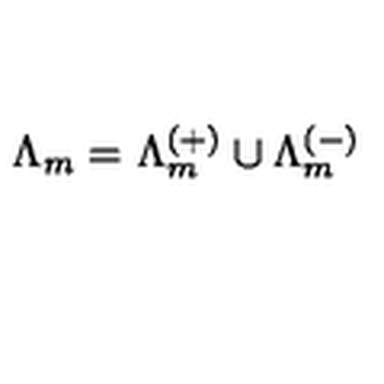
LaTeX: \Lambda _ { m } = \Lambda _ { m } ^ { ( + ) } \cup \Lambda _ { m } ^ { ( - ) }